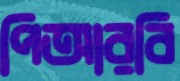
পিআরবি